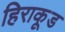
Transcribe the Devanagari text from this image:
हिराकूड